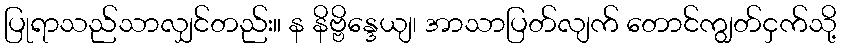
ပြုရာသည်သာလျှင်တည်း။ န နိဗ္ဗိန္ဒေယျ၊ အာသာပြတ်လျက် တောင်ကျွတ်ငှက်သို့